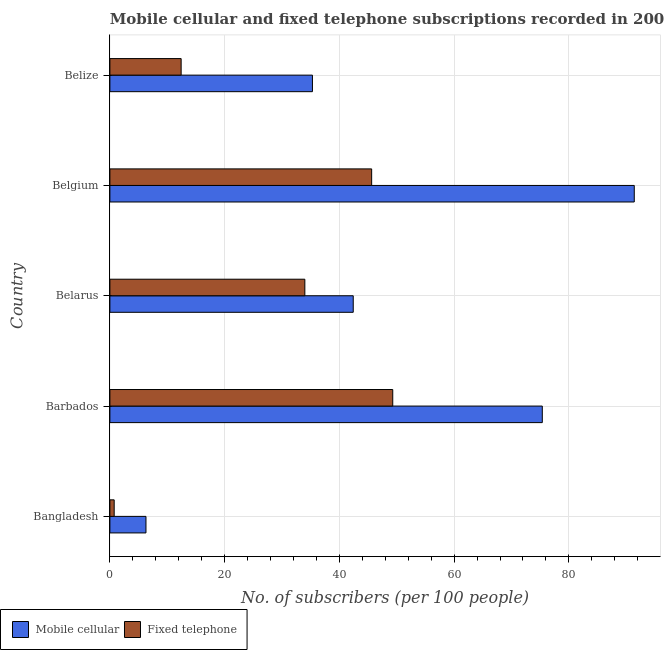
| Country | Mobile cellular | Fixed telephone |
 | --- | --- | --- |
 | Bangladesh | 6.29 | 0.748 |
 | Barbados | 75.4 | 49.3 |
 | Belarus | 42.4 | 34 |
 | Belgium | 91.4 | 45.6 |
 | Belize | 35.3 | 12.4 |